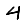
Digit: 4